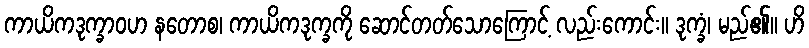
ကာယိကဒုက္ခာဝဟ နတောစ၊ ကာယိကဒုက္ခကို ဆောင်တတ်သောကြောင့် လည်းကောင်း။ ဒုက္ခံ၊ မည်၏။ ဟိ